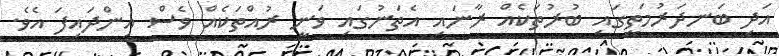
އަދި ބަނދަރުމަތީގައި ބުރުތަކެއް ރާނައި އެތަނުގައި ވަނީ ރުއްތަކެއް ވެސް އިންދައިފަ އެވެ.